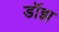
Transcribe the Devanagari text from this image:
डॉझ